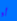
أو